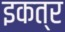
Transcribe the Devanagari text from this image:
इकत्र